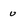
Character: u